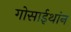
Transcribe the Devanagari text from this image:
गोसाईथांन